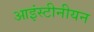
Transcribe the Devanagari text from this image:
आइंस्टीनीयन